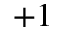
+ 1